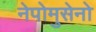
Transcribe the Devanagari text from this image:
नेपोमुसेनो